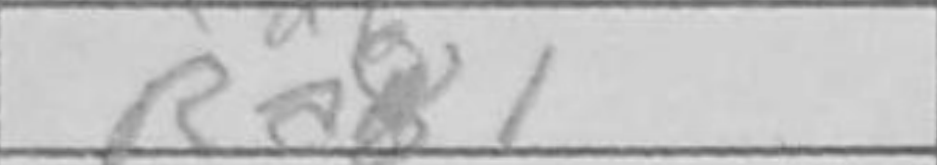
Transcription: Ra1